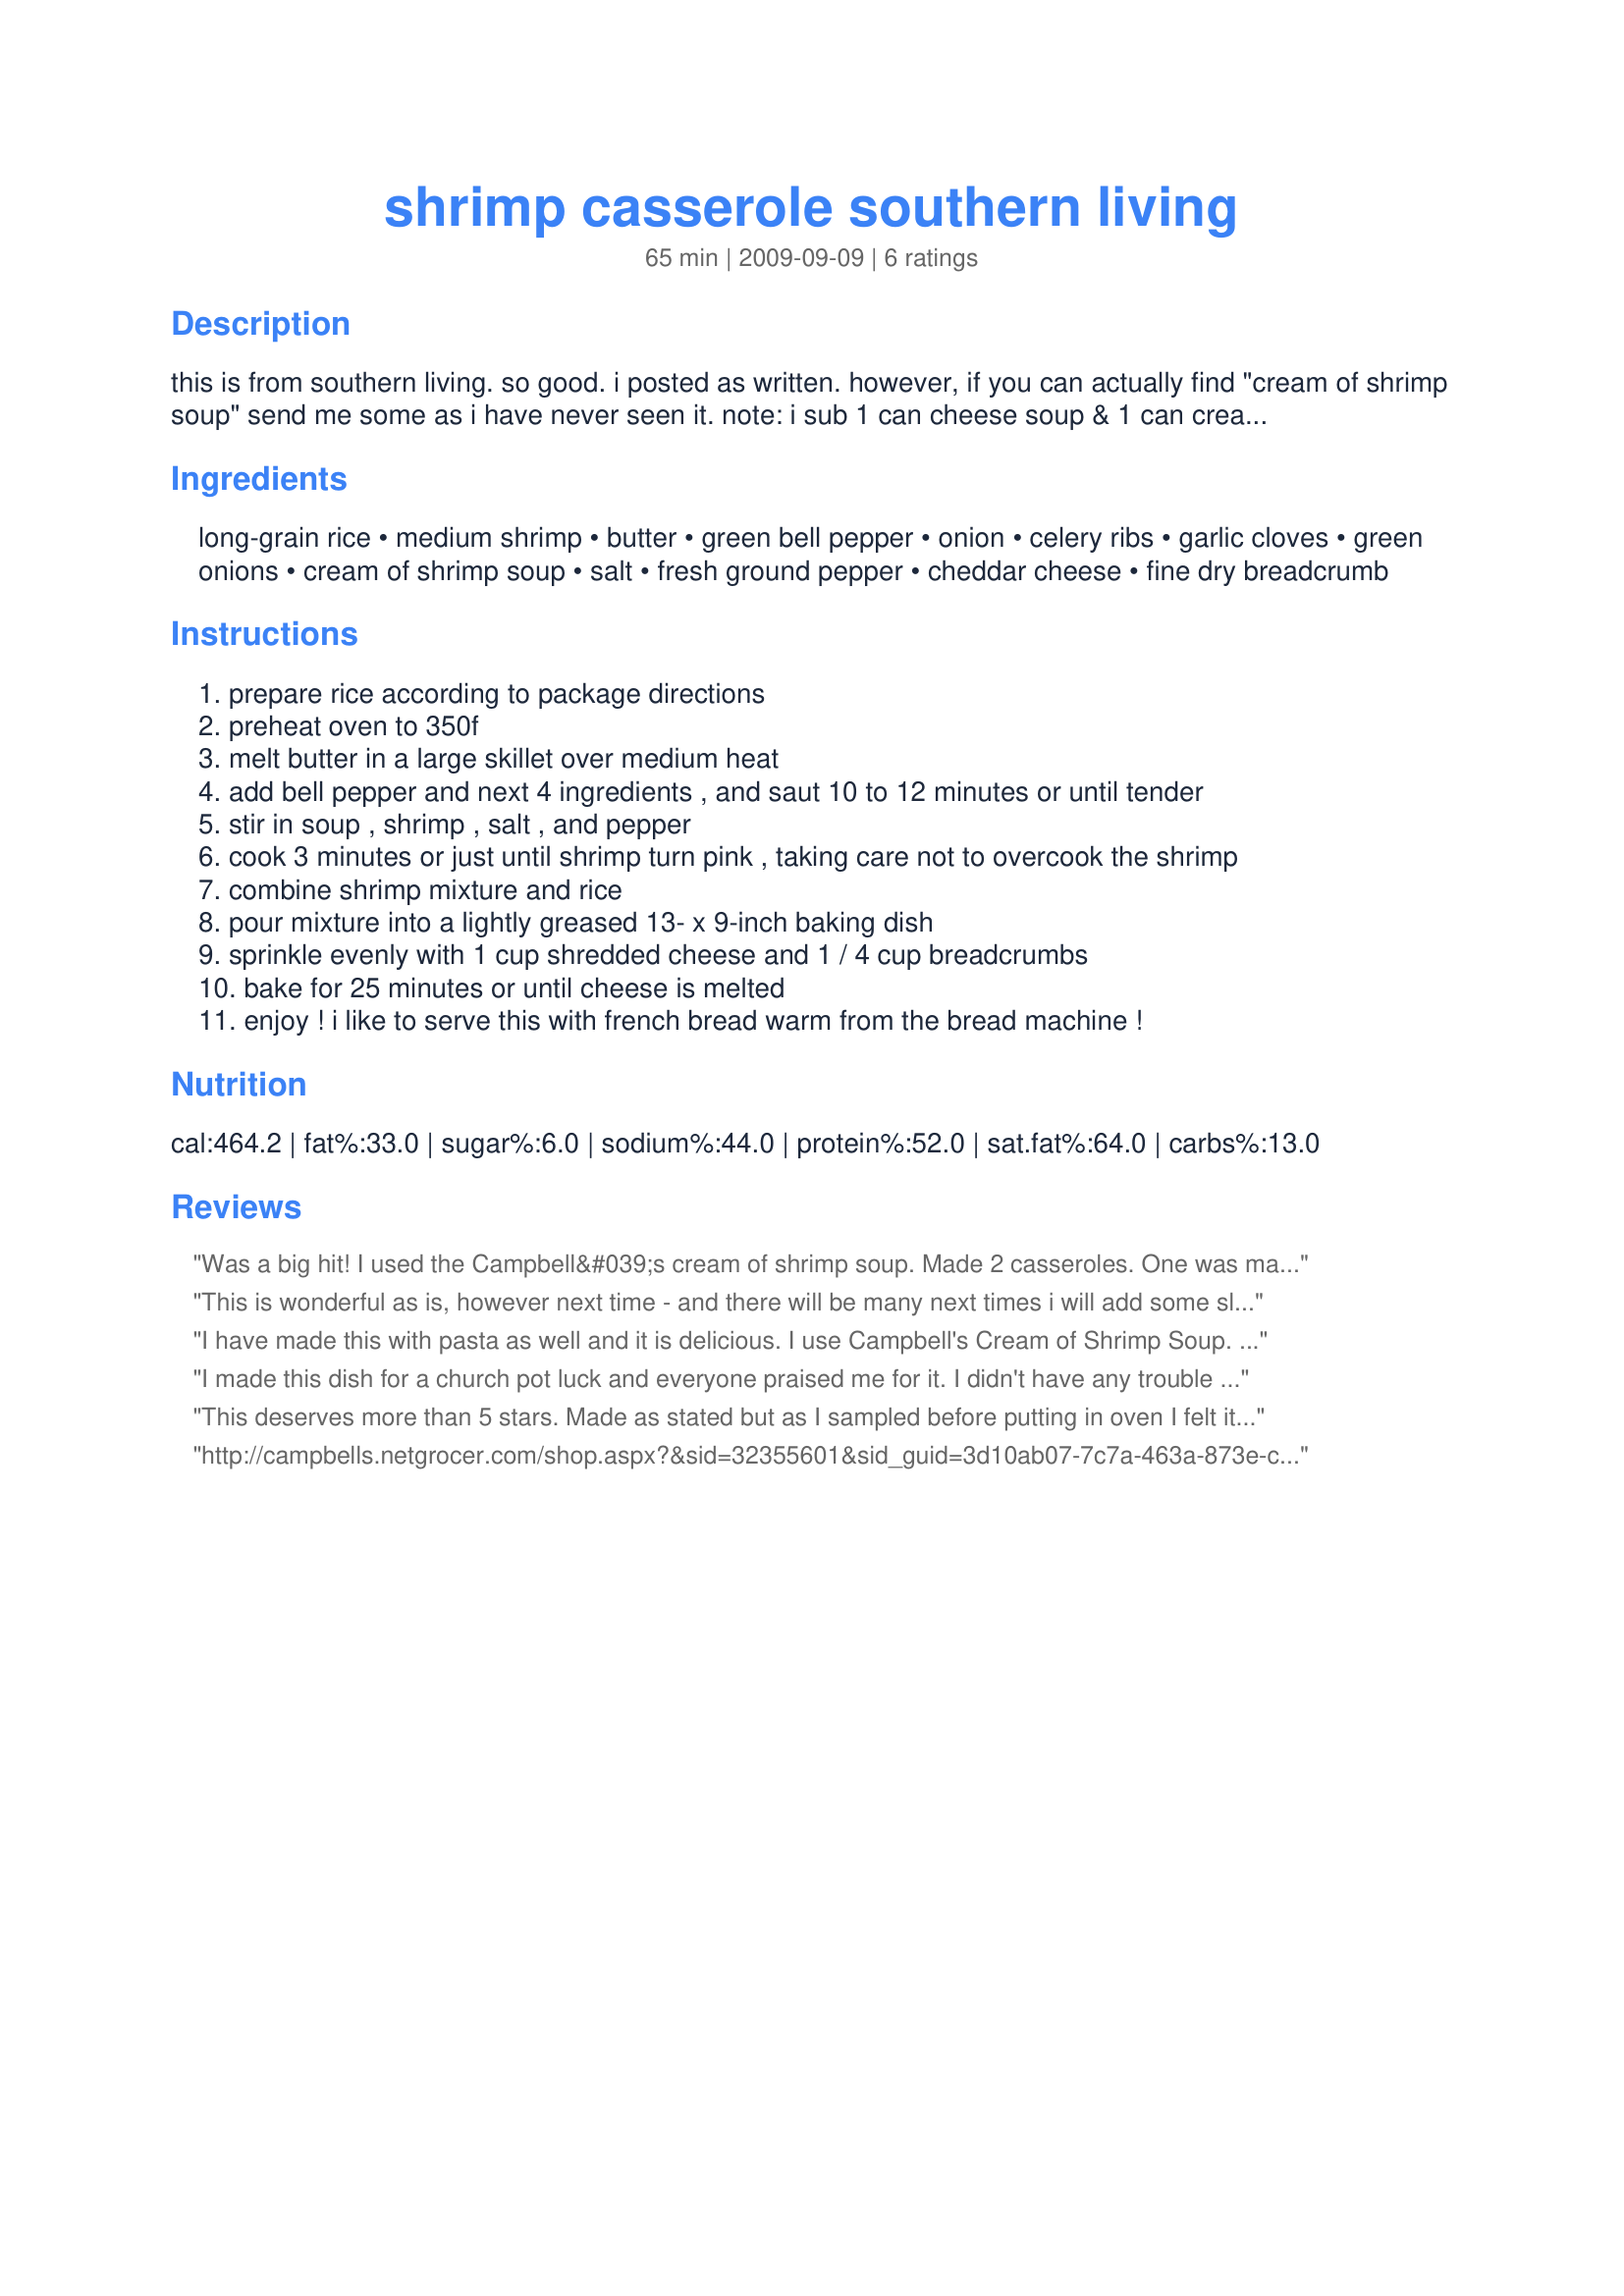
shrimp casserole southern living
Preparation time: 65 minutes

this is from southern living. so good. i posted as written. however, if you can actually find "cream of shrimp soup" send me some as i have never seen it. note: i sub 1 can cheese soup & 1 can cream of celery for the two cans of cream of shrimp and add some extra shrimp and i think it is good! prep time includes time to cook rice and shrimp in skillet. :) also, i will separate this into two casserole dishes, then cook one all the way (follow recipe through to the end) and the other i freeze right before sprinkling with cheese. i am jsut careful to eat it within about one month since there is seafood in the casserole. also, sometimes i make half chicken/half shrimp or one of each. when i add chicken instead of the cream of celery soup i use cream of chicken. i always use the cheese soup. really the possibilities are endless :) also, add some cayenne pepper if you like it spicy! we always add cayenne!

Ingredients:
long-grain rice, medium shrimp, butter, green bell pepper, onion, celery ribs, garlic cloves, green onions, cream of shrimp soup, salt, fresh ground pepper, cheddar cheese, fine dry breadcrumb

Steps:
prepare rice according to package directions
preheat oven to 350f
melt butter in a large skillet over medium heat
add bell pepper and next 4 ingredients , and saut 10 to 12 minutes or until tender
stir in soup , shrimp , salt , and pepper
cook 3 minutes or just until shrimp turn pink , taking care not to overcook the shrimp
combine shrimp mixture and rice
pour mixture into a lightly greased 13- x 9-inch baking dish
sprinkle evenly with 1 cup shredded cheese and 1 / 4 cup breadcrumbs
bake for 25 minutes or until cheese is melted
enjoy ! i like to serve this with french bread warm from the bread machine !

Reviews:
Was a big hit! I used the Campbell&#039;s cream of shrimp soup. Made 2 casseroles. One was made with panko and the other with breadcrumbs. I also made one spicier than the other.
This is wonderful as is, however next time - and there will be many next times i will add some sliced (fresh) mushrooms and even more cayenne pepper. for the topping i used a mix of grated sharp and parmesan cheese and panko. yum!
I have made this with pasta as well and it is delicious. I use Campbell's Cream of Shrimp Soup. (Perhaps it's just stocked regionally?) Your substitution sounds just as tasty!
I made this dish for a church pot luck and everyone praised me for it. I didn't have any trouble finding the soup at Publix either.

Partially out of time and partially out of laziness, I took some meat scissors and just dug into the veggies to chop them up & then the shrimp to make them more bite sized. No one could tell & it cut back about 20 minutes of prep work.
This deserves more than 5 stars. Made as stated but as I sampled before putting in oven I felt it just needed a little something so I added ground red pepper and some white cooking wine. I also used Panko crumbs. Even though this was good exactly as written the wine and red pepper took it one step further. Yum, delicious! Thanks for posting. I had no trouble finding the cream of shrimp soup in our small little town at any of our 3 grocery store but it was pricy. Well worth the price though. It is made by Campbell&#039;s. Made for Zaar Chef Alphabet Soup.
http://campbells.netgrocer.com/shop.aspx?&sid=32355601&sid_guid=3d10ab07-7c7a-463a-873e-c661af08209f&strid=54925&ns=1

is a link to buy this soup online. 

Netgrocer.com for hard-to-find ingredients.
